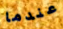
عندما